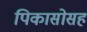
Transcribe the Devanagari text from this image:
पिकासोसह